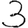
Digit: 3